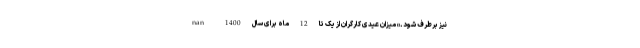
نیز برطرف شود.» میزان عیدی کارگران از یک تا 12 ماه برای سال 1400 nan